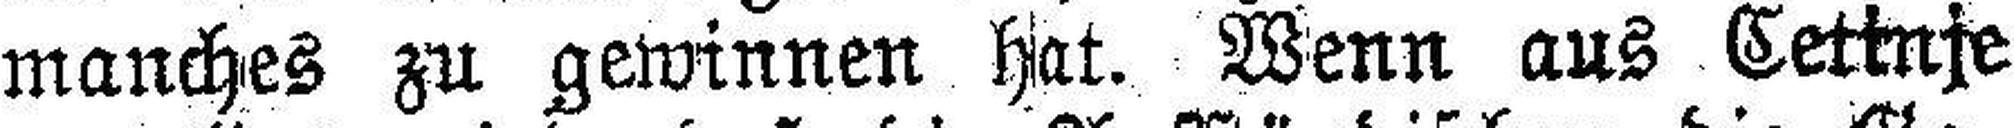
manches zu gewinnen hat. Wenn aus Cetinje